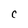
Character: C